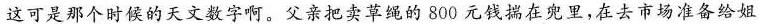
这可是那个时候的天文数字啊。父亲把卖草绳的800元钱揣在兜里，在去市场准备给姐